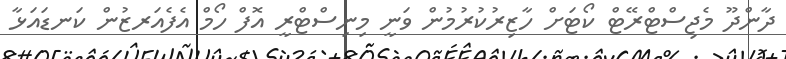
ދާންދޫ މެޖިސްޓްރޭޓް ކޯޓަށް ހާޒިރުކުރުމުން ވަނީ މިނިސްޓްރީ އޮފް ހޯމް އެފެއަރޒުން ކަނޑައަޅާ